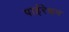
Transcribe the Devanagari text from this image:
पाईरेथ्रम